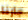
جارنا